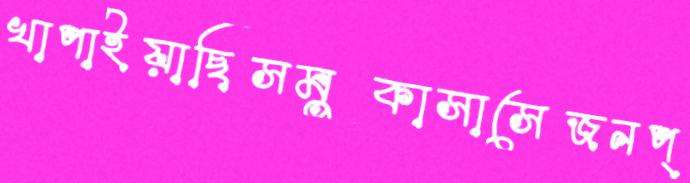
খাপাইয়াছিসমুকাসাসেজনপ্